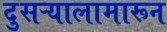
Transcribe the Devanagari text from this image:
दुसऱ्यालामारून